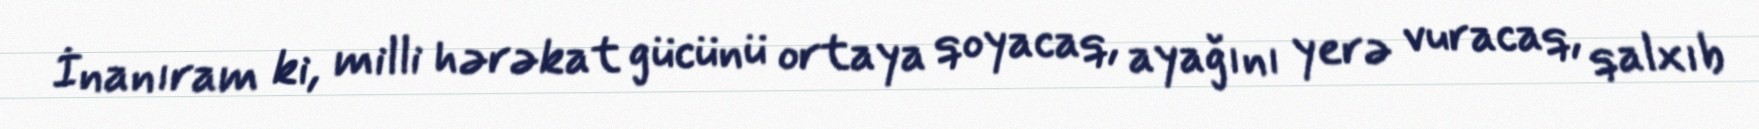
İnanıram ki, milli hərəkat gücünü ortaya qoyacaq, ayağını yerə vuracaq, qalxıb